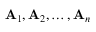
\mathbf { A } _ { 1 } , \mathbf { A } _ { 2 } , \dots , \mathbf { A } _ { n }